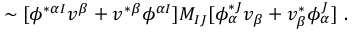
\sim [ \phi ^ { * \alpha I } v ^ { \beta } + v ^ { * \beta } \phi ^ { \alpha I } ] M _ { I J } [ \phi _ { \alpha } ^ { * J } v _ { \beta } + v _ { \beta } ^ { * } \phi _ { \alpha } ^ { J } ] \ .